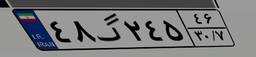
۴۸گ۲۴۵۴۶